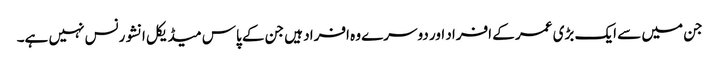
جن میں سے ایک بڑی عمر کے افراد اور دوسرے وہ افراد ہیں جن کے پاس میڈیکل انشورنس نہیں ہے۔